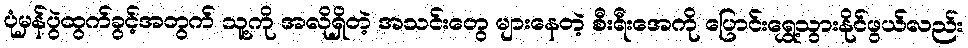
ပုံမှန်ပွဲထွက်ခွင့်အတွက် သူ့ကို အလိုရှိတဲ့ အသင်းတွေ များနေတဲ့ စီးရီးအေကို ပြောင်းရွှေ့သွားနိုင်ဖွယ်လည်း